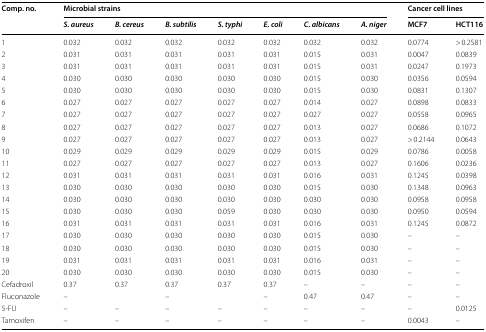
<table><thead><tr><td rowspan="2"><b>Comp. no.</b></td><td colspan="7"><b>Microbial strains</b></td><td colspan="2"><b>Cancer cell lines</b></td></tr><tr><td><b><i>S. aureus</i></b></td><td><b><i>B. cereus</i></b></td><td><b><i>B. subtilis</i></b></td><td><b><i>S. typhi</i></b></td><td><b><i>E. coli</i></b></td><td><b><i>C. albicans</i></b></td><td><b><i>A. niger</i></b></td><td><b>MCF7</b></td><td><b>HCT116</b></td></tr></thead><tbody><tr><td>1</td><td>0.032</td><td>0.032</td><td>0.032</td><td>0.032</td><td>0.032</td><td>0.032</td><td>0.032</td><td>0.0774</td><td>&gt; 0.2581</td></tr><tr><td>2</td><td>0.031</td><td>0.031</td><td>0.031</td><td>0.031</td><td>0.031</td><td>0.015</td><td>0.031</td><td>0.0047</td><td>0.0839</td></tr><tr><td>3</td><td>0.031</td><td>0.031</td><td>0.031</td><td>0.031</td><td>0.031</td><td>0.015</td><td>0.031</td><td>0.0247</td><td>0.1973</td></tr><tr><td>4</td><td>0.030</td><td>0.030</td><td>0.030</td><td>0.030</td><td>0.030</td><td>0.015</td><td>0.030</td><td>0.0356</td><td>0.0594</td></tr><tr><td>5</td><td>0.030</td><td>0.030</td><td>0.030</td><td>0.030</td><td>0.030</td><td>0.015</td><td>0.030</td><td>0.0831</td><td>0.1307</td></tr><tr><td>6</td><td>0.027</td><td>0.027</td><td>0.027</td><td>0.027</td><td>0.027</td><td>0.014</td><td>0.027</td><td>0.0898</td><td>0.0833</td></tr><tr><td>7</td><td>0.027</td><td>0.027</td><td>0.027</td><td>0.027</td><td>0.027</td><td>0.027</td><td>0.027</td><td>0.0558</td><td>0.0965</td></tr><tr><td>8</td><td>0.027</td><td>0.027</td><td>0.027</td><td>0.027</td><td>0.027</td><td>0.013</td><td>0.027</td><td>0.0686</td><td>0.1072</td></tr><tr><td>9</td><td>0.027</td><td>0.027</td><td>0.027</td><td>0.027</td><td>0.027</td><td>0.013</td><td>0.027</td><td>&gt; 0.2144</td><td>0.0643</td></tr><tr><td>10</td><td>0.029</td><td>0.029</td><td>0.029</td><td>0.029</td><td>0.029</td><td>0.015</td><td>0.029</td><td>0.0786</td><td>0.0058</td></tr><tr><td>11</td><td>0.027</td><td>0.027</td><td>0.027</td><td>0.027</td><td>0.027</td><td>0.013</td><td>0.027</td><td>0.1606</td><td>0.0236</td></tr><tr><td>12</td><td>0.031</td><td>0.031</td><td>0.031</td><td>0.031</td><td>0.031</td><td>0.016</td><td>0.031</td><td>0.1245</td><td>0.0398</td></tr><tr><td>13</td><td>0.030</td><td>0.030</td><td>0.030</td><td>0.030</td><td>0.030</td><td>0.015</td><td>0.030</td><td>0.1348</td><td>0.0963</td></tr><tr><td>14</td><td>0.030</td><td>0.030</td><td>0.030</td><td>0.030</td><td>0.030</td><td>0.030</td><td>0.030</td><td>0.0958</td><td>0.0958</td></tr><tr><td>15</td><td>0.030</td><td>0.030</td><td>0.030</td><td>0.059</td><td>0.030</td><td>0.030</td><td>0.030</td><td>0.0950</td><td>0.0594</td></tr><tr><td>16</td><td>0.031</td><td>0.031</td><td>0.031</td><td>0.031</td><td>0.031</td><td>0.016</td><td>0.031</td><td>0.1245</td><td>0.0872</td></tr><tr><td>17</td><td>0.030</td><td>0.030</td><td>0.030</td><td>0.030</td><td>0.030</td><td>0.015</td><td>0.030</td><td>–</td><td>–</td></tr><tr><td>18</td><td>0.030</td><td>0.030</td><td>0.030</td><td>0.030</td><td>0.030</td><td>0.015</td><td>0.030</td><td>–</td><td>–</td></tr><tr><td>19</td><td>0.031</td><td>0.031</td><td>0.031</td><td>0.031</td><td>0.031</td><td>0.016</td><td>0.031</td><td>–</td><td>–</td></tr><tr><td>20</td><td>0.030</td><td>0.030</td><td>0.030</td><td>0.030</td><td>0.030</td><td>0.015</td><td>0.030</td><td>–</td><td>–</td></tr><tr><td>Cefadroxil</td><td>0.37</td><td>0.37</td><td>0.37</td><td>0.37</td><td>0.37</td><td>–</td><td>–</td><td>–</td><td>–</td></tr><tr><td>Fluconazole</td><td>–</td><td></td><td>–</td><td></td><td>–</td><td>0.47</td><td>0.47</td><td>–</td><td>–</td></tr><tr><td>5-FU</td><td>–</td><td>–</td><td>–</td><td>–</td><td>–</td><td>–</td><td>–</td><td>–</td><td>0.0125</td></tr><tr><td>Tamoxifen</td><td>–</td><td>–</td><td>–</td><td>–</td><td>–</td><td>–</td><td>–</td><td>0.0043</td><td>–</td></tr></tbody></table>